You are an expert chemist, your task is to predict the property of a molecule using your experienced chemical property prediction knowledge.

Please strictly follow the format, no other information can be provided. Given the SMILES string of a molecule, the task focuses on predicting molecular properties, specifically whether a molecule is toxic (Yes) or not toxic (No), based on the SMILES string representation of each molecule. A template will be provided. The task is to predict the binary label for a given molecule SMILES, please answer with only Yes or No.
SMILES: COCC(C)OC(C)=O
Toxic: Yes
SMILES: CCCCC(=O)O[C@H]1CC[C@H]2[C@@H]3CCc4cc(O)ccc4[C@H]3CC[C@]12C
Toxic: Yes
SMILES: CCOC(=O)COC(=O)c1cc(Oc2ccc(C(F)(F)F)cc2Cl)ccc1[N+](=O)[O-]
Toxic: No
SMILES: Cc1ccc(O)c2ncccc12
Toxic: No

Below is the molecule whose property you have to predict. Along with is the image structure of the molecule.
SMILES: OCCSCSCCO
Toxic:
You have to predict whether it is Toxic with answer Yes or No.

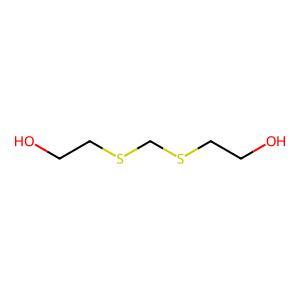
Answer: No